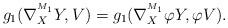
LaTeX: \begin{align*}g_{1}(\nabla^{^{M_1}}_{X}Y,V)&=g_{1}(\nabla^{^{M_1}}_{X}\varphi Y,\varphi V).\end{align*}